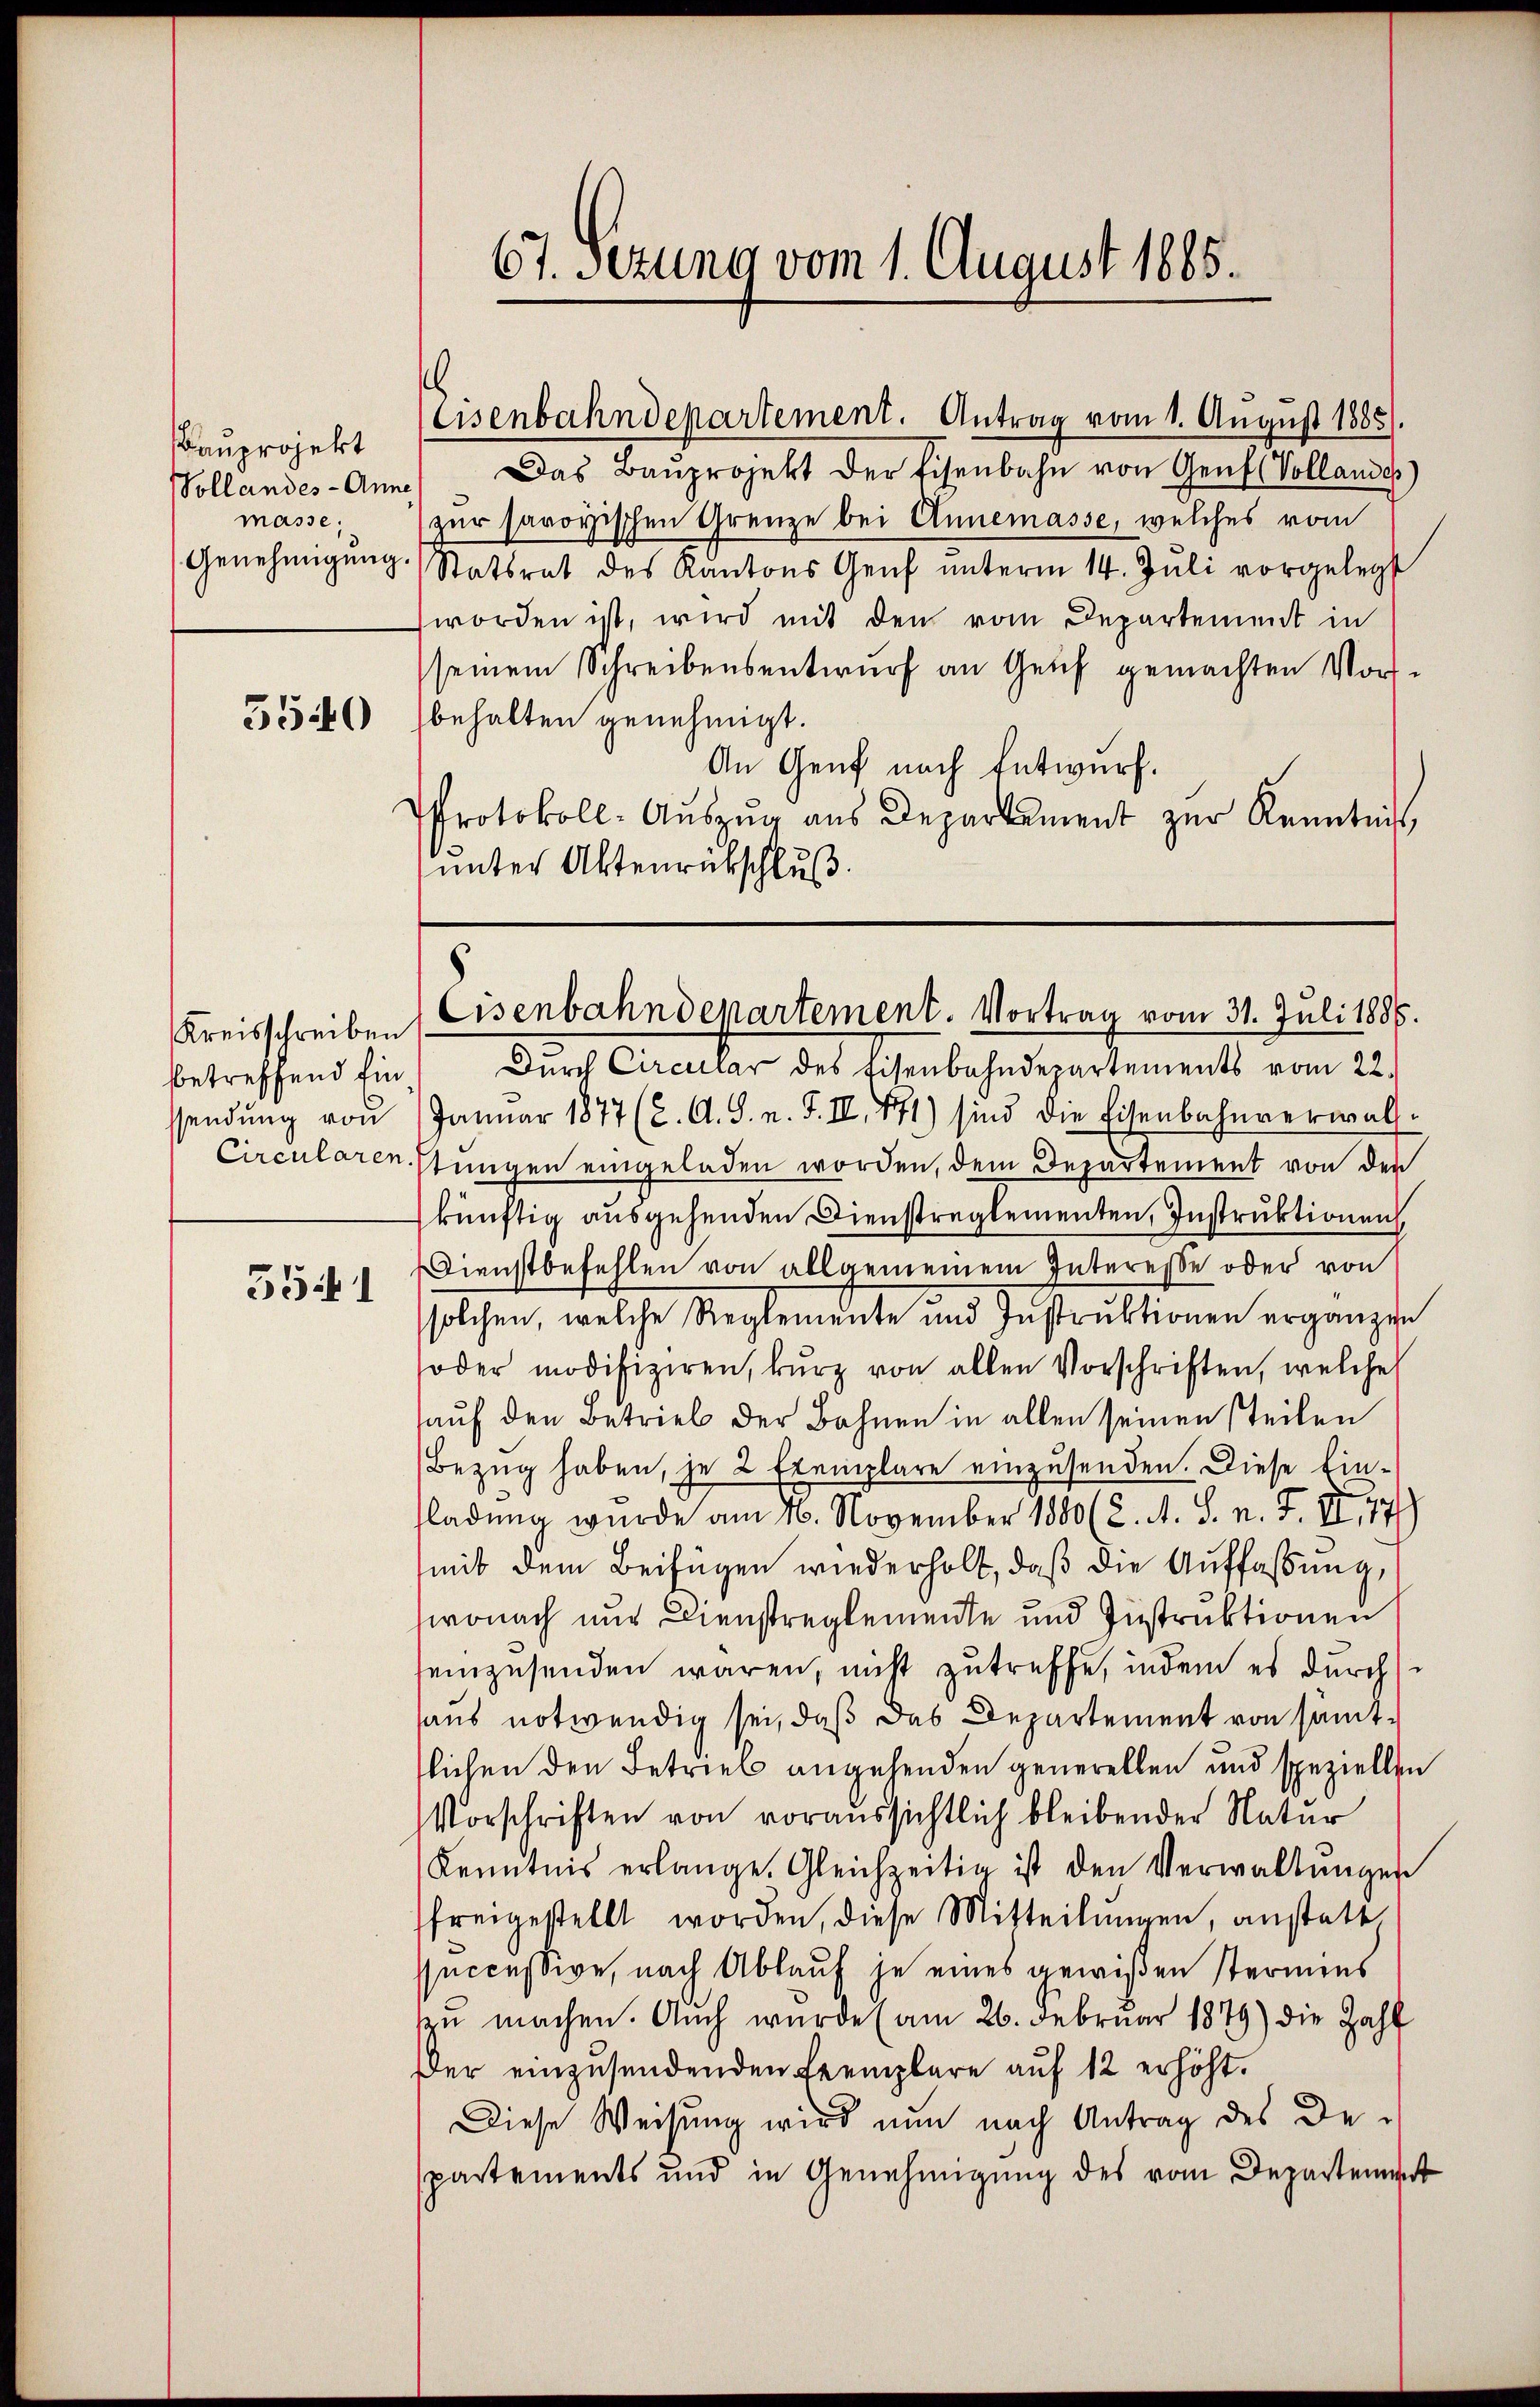
Bauprojekt
Pollandes- Anne
masse;
Genehmigung.

5540

Kreisschreiben
betreffend Einssendung von
Circularen.

351

67. Sezung vom 1. August 1865.

Das Baŭprojekt der Eisenbahn von Genf (Vollandes)
zur savoyischen Grenze bei Annemasse, welches vom
Statsrat des Kantons Genf ŭnterm 14. Jŭli vorgelegt
worden ist, wird mit den vom Departement in
seinem Schreibensentwurf an Genf gemachten Vorsbehalten genehmigt.
An Genf nach Entwurf.
Protokoll-Aŭszŭg aŭs Departement zŭr Kenntnis
unter Aktenrückschluß.

.

Eisenbahndepartement. Antrag vom 1. August 1885).

Cisenbahndepartement. Vortrag vom 31. Juli 1886.

Durch Circular des Eisenbahndepartements vom 22.
Januar 1877 (2. A. S. n. F. II, 171) sind die Eisenbahnverwalstungen eingeladen worden, dem Departement von den
künftig ausgehenden Dienstreglementen, Instruktionen,
Dienstbefehlen von allgemeinem Interesse oder von
solchen, welche Reglemente und Instruktionen ergänzen
oder modifiziren, kurz von allen Vorschriften, welche
auf den Betrieb der Bahnen in allen seinen steilen
Bezug haben, je 2 Exemplare einzusenden. Diese Einfladung wurde am 26. November 1880 (2. A. S. n. F. II 77)
mit dem Beifügen wiederholt, daß die Auffaßung,
wonach nur Dienstreglemente und Instruktionen
einzusenden waren, nicht zutreffe, indem es durchhaus notwendig sei, daß das Departement von samtlichen den Betrieb angehenden generellen und speziellen
Vorschriften von voraussichtlich bleibender Natur
Kenntnis erlange. Gleichzeitig ist den Verwaltŭngen
freigestellt worden, diese Mitteilŭngen, anstatt,
succession, nach Ablauf je eines gewißen Sternens
sen machen. Auch wurde (am 26. Februar 1879) die Zahl
Der einzusendenden Exemplare auf 12 erhöht.
Diese Weisung wird nun nach Antrag des Despartements und in Genehmigung des vom Departement